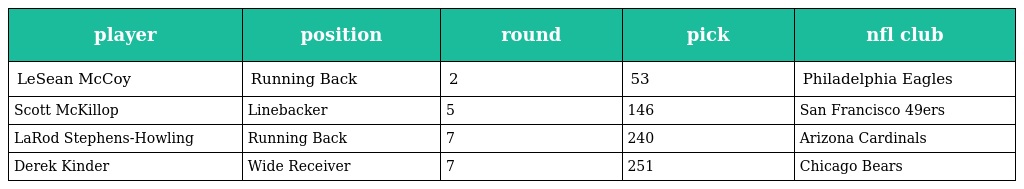
| player | position | round | pick | nfl club |
 | --- | --- | --- | --- | --- |
 | LeSean McCoy | Running Back | 2 | 53 | Philadelphia Eagles |
 | Scott McKillop | Linebacker | 5 | 146 | San Francisco 49ers |
 | LaRod Stephens-Howling | Running Back | 7 | 240 | Arizona Cardinals |
 | Derek Kinder | Wide Receiver | 7 | 251 | Chicago Bears |